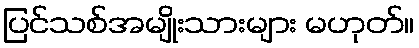
ပြင်သစ်အမျိုးသားများ မဟုတ်။